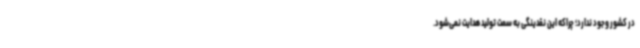
در کشور وجود ندارد؛ چراکه این نقدینگی به سمت تولید هدایت نمی‌شود.